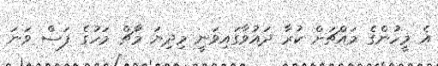
އެ މީހުންގެ މައްޗަށް ކުރާ ދައުވާގައިވަނީ މިދިޔަ މާޗް މަހުގެ ފަސް ވަނަ